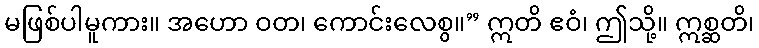
မဖြစ်ပါမူကား။ အဟော ဝတ၊ ကောင်းလေစွ။” ဣတိ ဧဝံ၊ ဤသို့။ ဣစ္ဆတိ၊